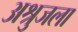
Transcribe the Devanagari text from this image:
अश्रुजला